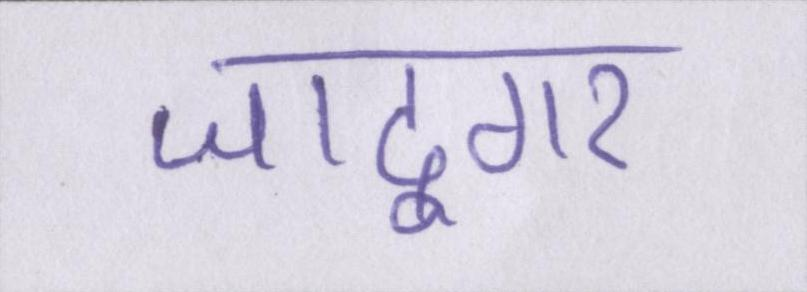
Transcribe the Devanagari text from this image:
जादूगर